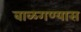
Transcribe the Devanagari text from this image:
बाळगण्यास